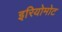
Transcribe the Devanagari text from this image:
इरियोमोट